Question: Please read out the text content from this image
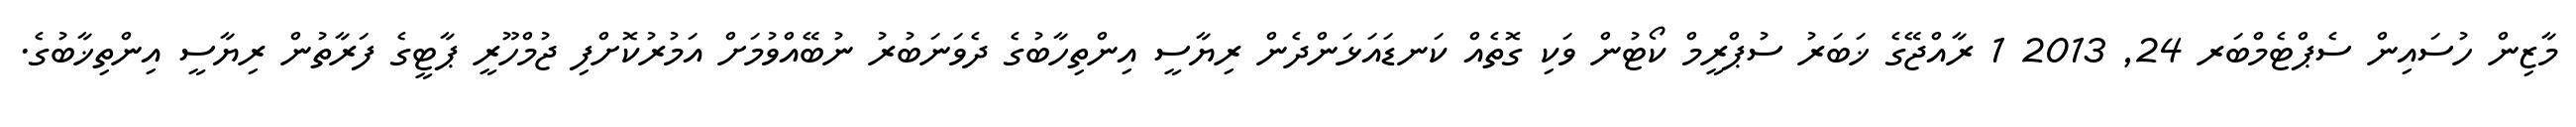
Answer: މާޒިން ހުސައިން ސެޕްޓެމްބަރ 24, 2013 1 ރާއްޖޭގެ ޚަބަރު ސުޕްރީމް ކޯޓުން ވަކި ގޮތެއް ކަނޑައަޅަންދެން ރިޔާސީ އިންތިހާބުގެ ދެވަނަބުރު ނުބޭއްވުމަށް އަމުރުކޮށްފި ޖުމްހޫރީ ޕާޓީގެ ފަރާތުން ރިޔާސީ އިންތިޚާބުގެ.